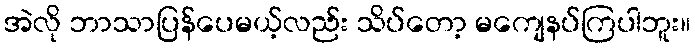
အဲလို ဘာသာပြန်ပေမယ့်လည်း သိပ်တော့ မကျေနပ်ကြပါဘူး။